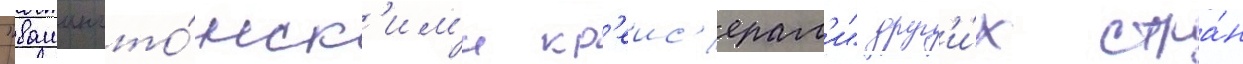
"вашингто́нск'им'и кр'еис'ерам'и" друг'и́х стра́н